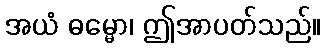
အယံ ဓမ္မော၊ ဤအာပတ်သည်။